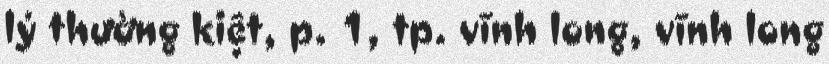
lý thường kiệt, p. 1, tp. vĩnh long, vĩnh long